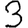
Digit: 3